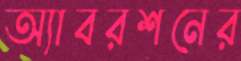
অ্যাবরশনের